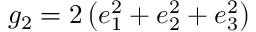
g _ { 2 } = 2 \left( e _ { 1 } ^ { 2 } + e _ { 2 } ^ { 2 } + e _ { 3 } ^ { 2 } \right)